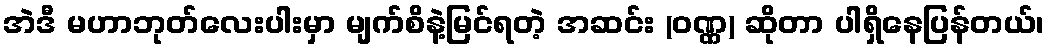
အဲဒီ မဟာဘုတ်လေးပါးမှာ မျက်စိနဲ့မြင်ရတဲ့ အဆင်း (ဝဏ္ဏ) ဆိုတာ ပါရှိနေပြန်တယ်၊